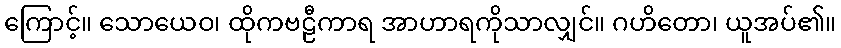
ကြောင့်။ သောယေဝ၊ ထိုကဗဠီကာရ အာဟာရကိုသာလျှင်။ ဂဟိတော၊ ယူအပ်၏။